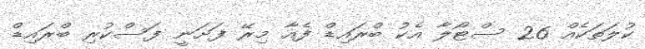
ކުލަތަކެއް 26 ސްޓޯލާ އެކު ބްރައިޑް ފެއާ މިރޭ ފަށަނީ ފަސްކުރި ބްރައިޑް